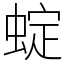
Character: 蝊